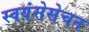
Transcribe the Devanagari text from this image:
स्वयंसेसेचन